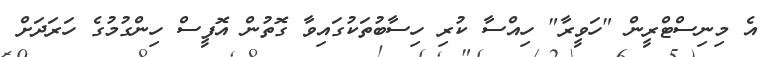
އެ މިނިސްޓްރީން "ހަވީރާ" ހިއްސާ ކުރި ހިސާބުތަކުގައިވާ ގޮތުން އޮފީސް ހިންގުމުގެ ހަރަދަށް